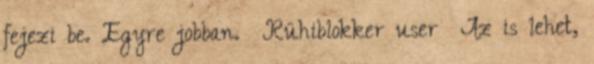
fejezi be. Egyre jobban. Rühiblokker user Az is lehet,